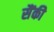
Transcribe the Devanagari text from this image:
सैंकी